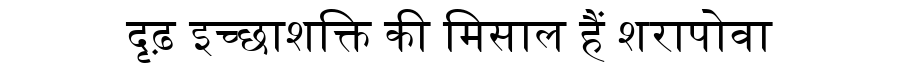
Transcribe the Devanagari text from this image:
दृढ़ इच्छाशक्ति की मिसाल हैं शरापोवा